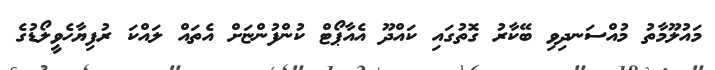
މައުލޫމާތު މުއްސަނދިވި ބޭކާރު ގޮތުގައި ކައްދޫ އެއާޕޯޓް ކުންފުންޏަށް އެތައް ލައްކަ ރުފިޔާހެވީލޯޑުގެ